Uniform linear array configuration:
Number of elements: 64
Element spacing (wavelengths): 0.75
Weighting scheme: exponential
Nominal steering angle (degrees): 60
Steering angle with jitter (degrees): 61.616
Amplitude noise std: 0.05
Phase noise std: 0.05

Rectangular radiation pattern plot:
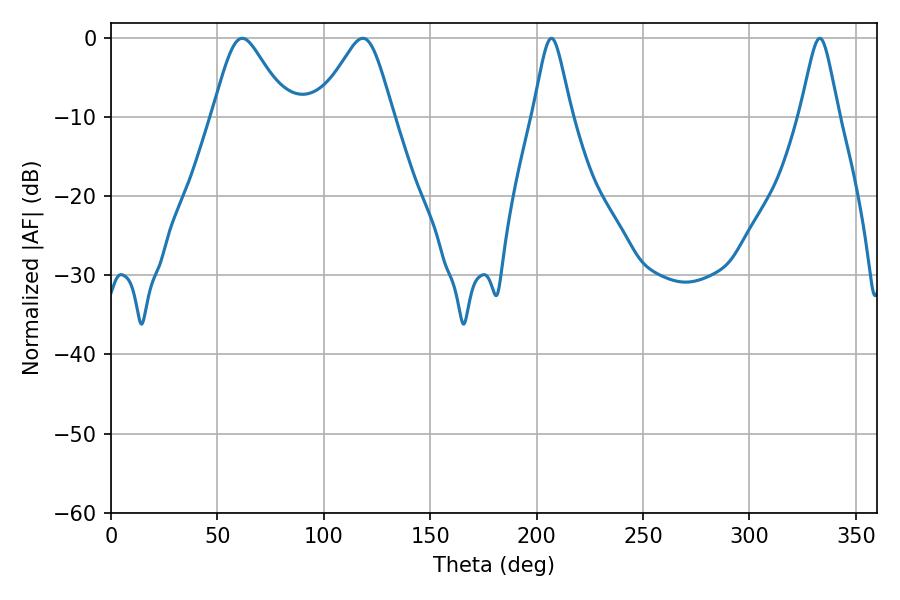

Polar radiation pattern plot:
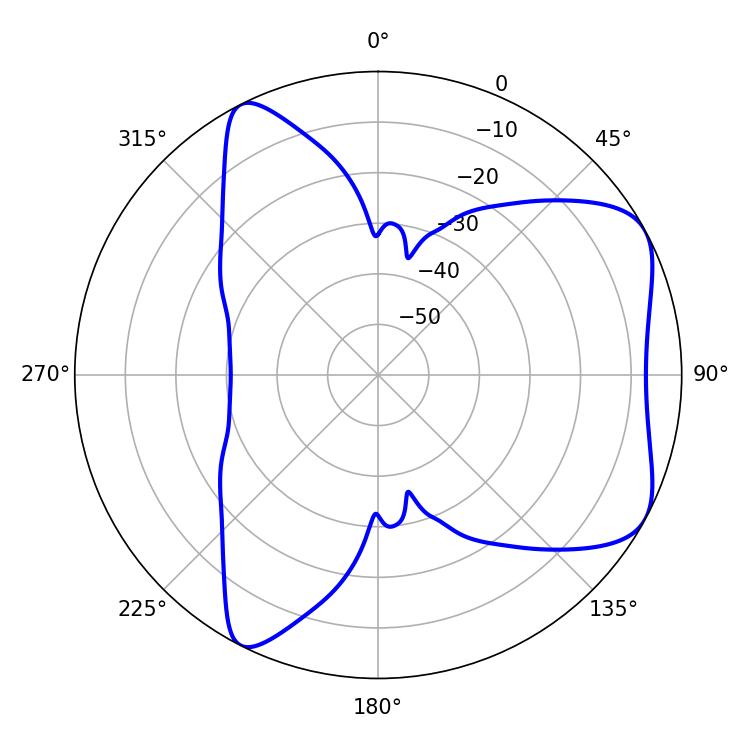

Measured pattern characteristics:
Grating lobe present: TRUE
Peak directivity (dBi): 6.093
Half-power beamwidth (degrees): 17.1
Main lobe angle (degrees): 61.74